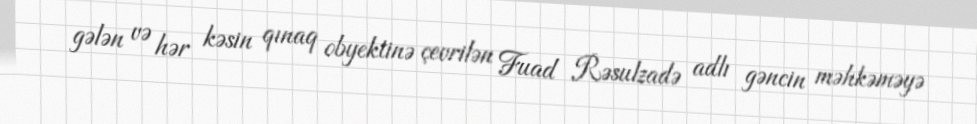
gələn və hər kəsin qınaq obyektinə çevrilən Fuad Rəsulzadə adlı gəncin məhkəməyə